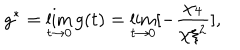
g ^ { * } = \lim _ { t \rightarrow 0 } g ( t ) = \lim _ { t \rightarrow 0 } [ - { \frac { \chi _ { 4 } } { \chi \xi ^ { 2 } } } ] ,